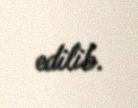
edilib.